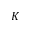
K